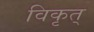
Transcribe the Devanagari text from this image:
विकृत्